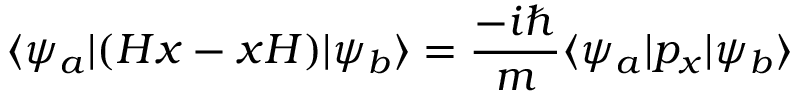
\langle \psi _ { a } | ( H x - x H ) | \psi _ { b } \rangle = { \frac { - i \hbar } { m } } \langle \psi _ { a } | p _ { x } | \psi _ { b } \rangle